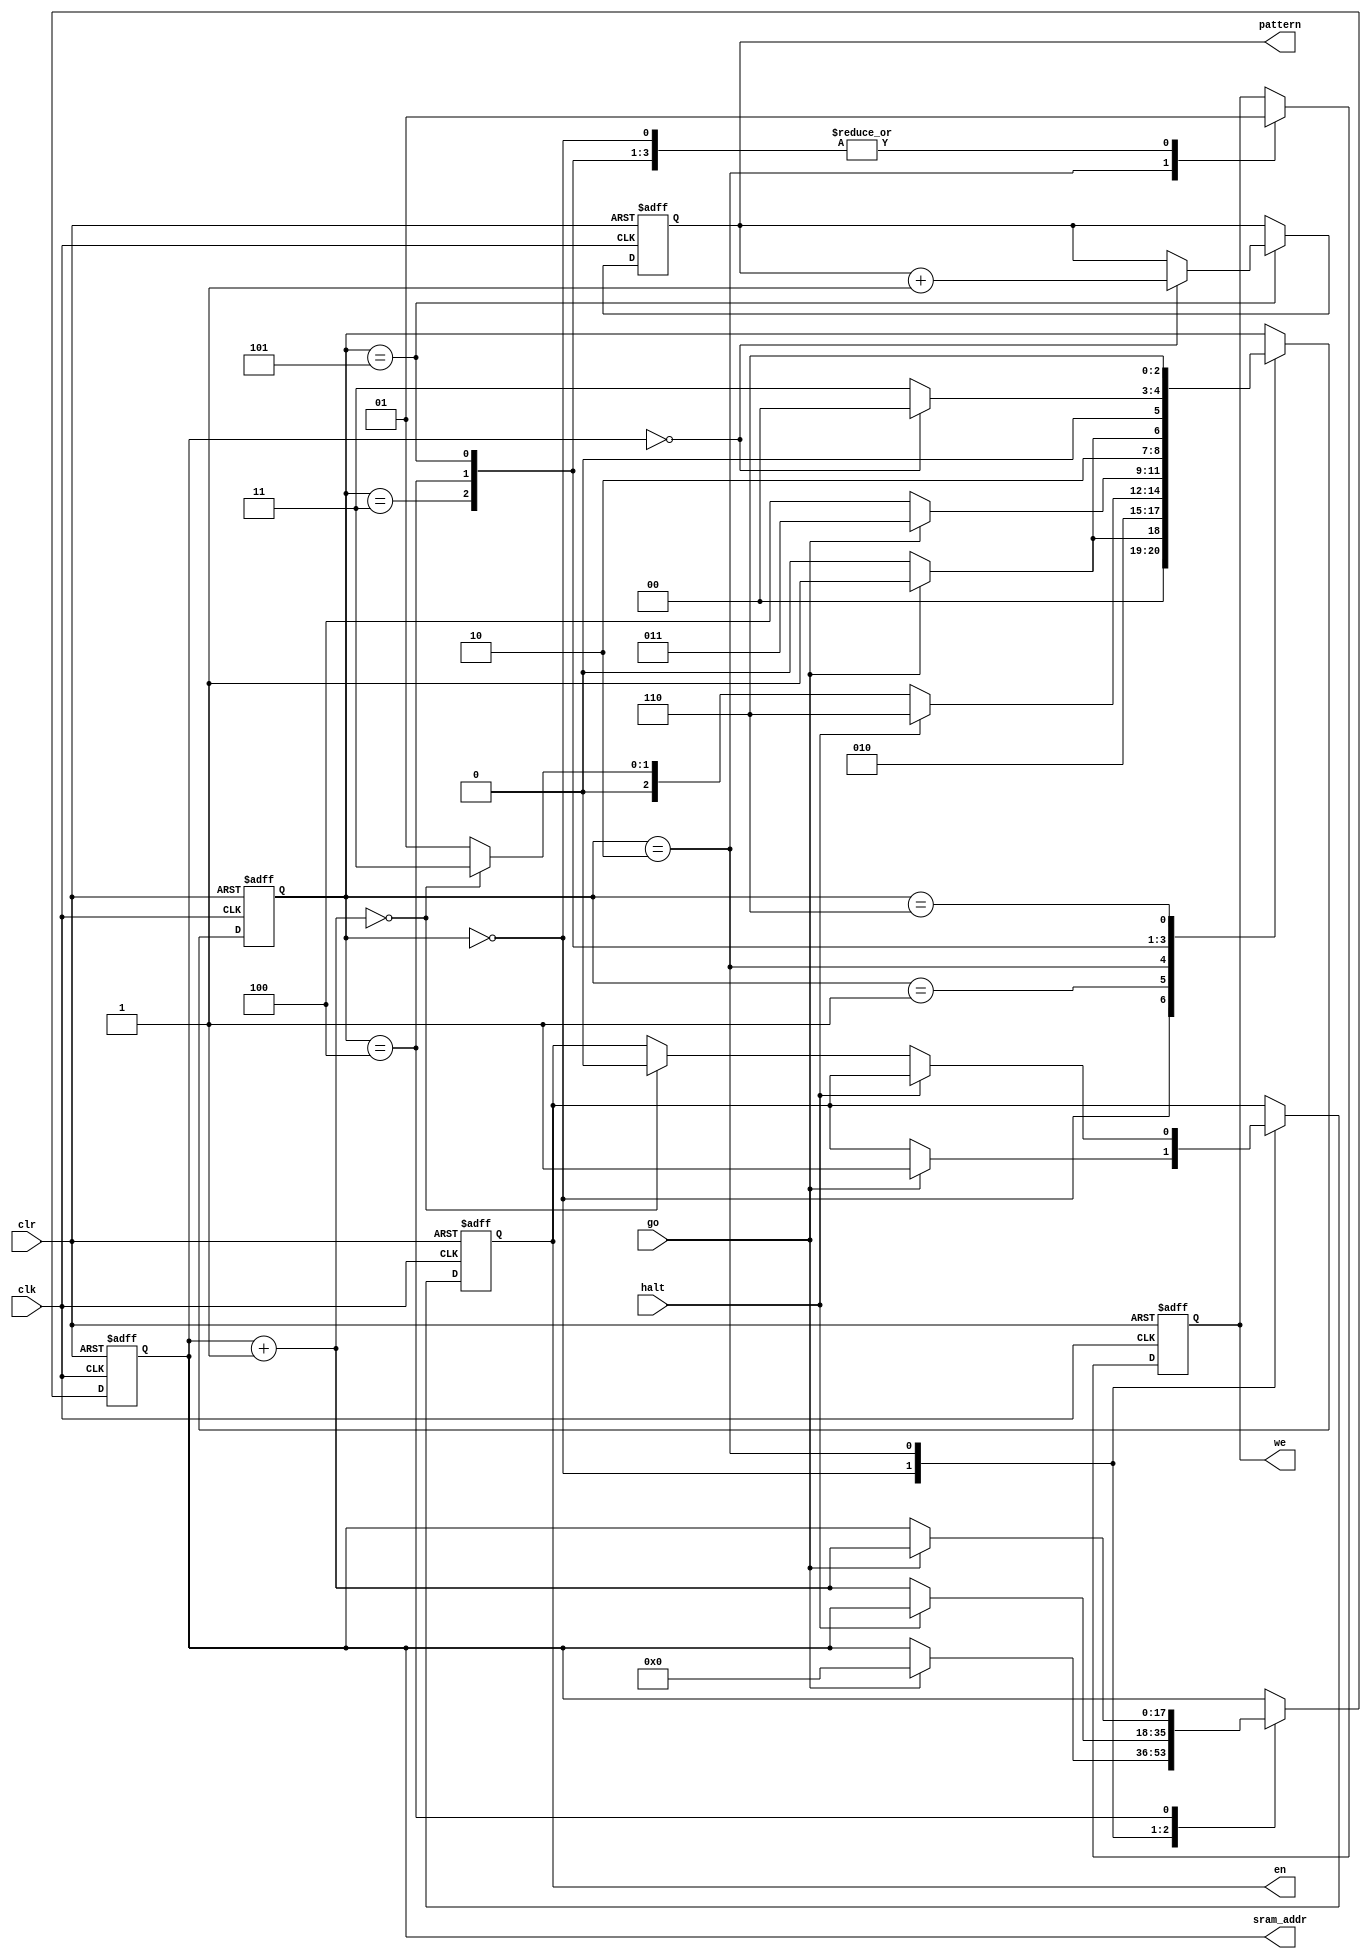
//
// Copyright 2011, Kevin Lindsey
// See LICENSE file for licensing information
//
// Based on code from Richard Haskell and Darrin Hanna's,
// "Learning by Example Using Verilog: Advanced Digital Design", 2009
// Chapter 4, Example 31, External RAM
//

module pram_sram_ctrl(
	input clk,
	input clr,
	input go,
	input halt,
	output reg we,
	output [17:0] sram_addr,
	output [5:0] pattern,
	output reg en
);

reg[2:0] state;
parameter
	START		= 3'b000,
	ADDROUT		= 3'b001,
	TEST1		= 3'b010,
	WAIT_AND_GO	= 3'b011,
	READ		= 3'b100,
	TEST2		= 3'b101,
	HALT		= 3'b110;
reg [17:0] addrv;
reg [5:0] patternv;

assign sram_addr = addrv;
assign pattern = patternv;

always @(posedge clk or posedge clr)
begin
	if (clr == 1)
		begin
			state <= START;
			addrv = 0;
			patternv = 0;
			we <= 1;
			en <= 0;
		end
	else
		case(state)
			START:
			begin
				we <= 1;
				if (go == 1)
					begin
						addrv = 0;
						en <= 1;
						state <= ADDROUT;
					end
				else
					state <= START;
			end
			
			ADDROUT:
			begin
				state <= TEST1;
				we <= 1;
			end
			
			TEST1:
			begin
				we <= 0;
				if (halt == 1)
					state <= HALT;
				else
					begin
						addrv = addrv + 1;
						if (addrv == 0)
							begin
								state <= WAIT_AND_GO;
								en <= 0;
							end
						else
							state <= ADDROUT;
					end
			end
			
			WAIT_AND_GO:
			begin
				we <= 1;
				if (go == 1)
					state <= WAIT_AND_GO;
				else
					state <= READ;
			end
			
			READ:
			begin
				we <= 1;
				if (go == 1)
					begin
						state <= TEST2;
						addrv = addrv + 1;
					end
				else
					state <= READ;
			end
			
			TEST2:
			begin
				we <= 1;
				if (addrv == 0)
					begin
						patternv = patternv + 1;
						state <= START;
					end
				else
					state <= WAIT_AND_GO;
			end
			
			HALT:
			begin
				state <= HALT;
			end
			
			default;
		endcase
end

endmodule